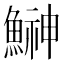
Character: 鰰